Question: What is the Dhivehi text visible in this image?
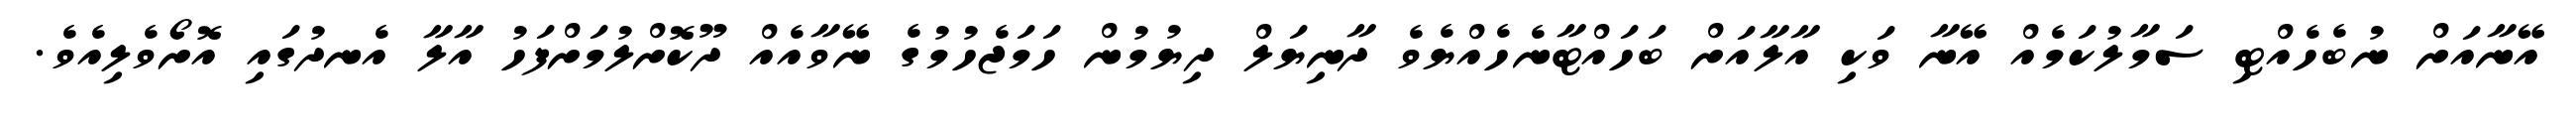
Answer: އޭނާއަށް ނުބެހެއްޓި ސަމާލުކަމެއް އޭނާ ވަކި އާލާއަށް ބަހައްޓާނެހެއްޔެވެ ދާނިޔަލް ދިޔުމުން ހަމަޖެހުމުގެ ނޭވާއެއް ދޫކޮށްލުމަށްފަހު އާލާ އެނދުގައި އޮށޯވެލިއެވެ.